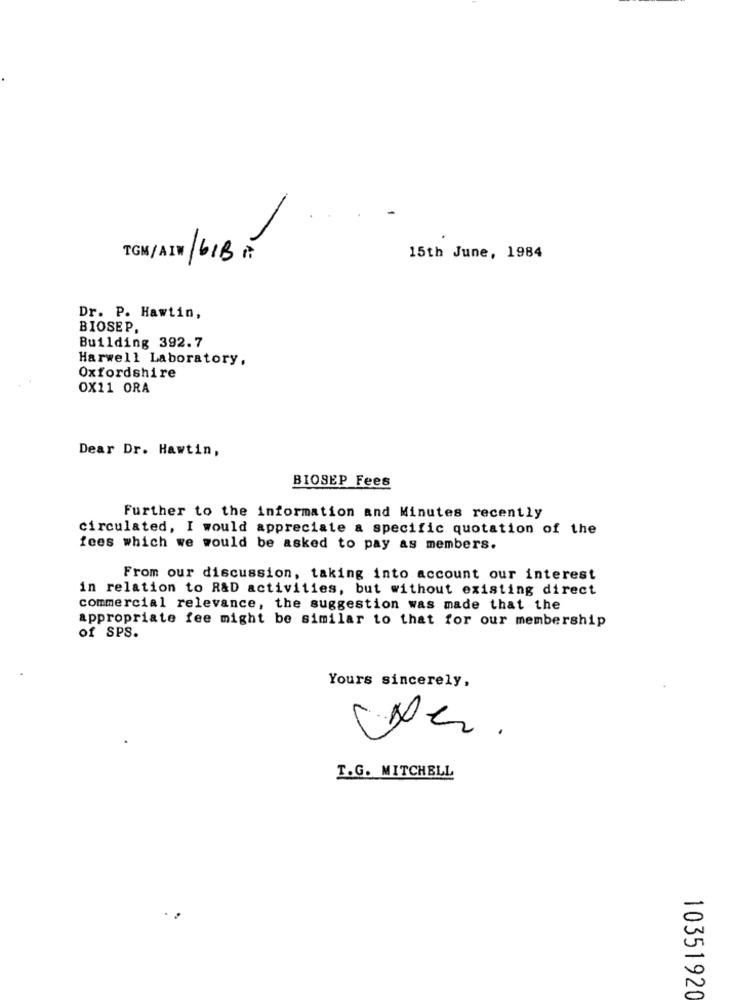
TGM/AIW / GIB
15th June, 1984
Dr. P. Hawtin,
BIOSEP.
Building 392.7
Harwell Laboratory,
Oxfordshire
OX11 ORA
Dear Dr. Hawtin,
BIOSEP Fees
Further to the information and Minutes recently
circulated, I would appreciate a specific quotation of the
fees which we would be asked to pay as members.
From our discussion, taking into account our interest
in relation to R&D activities, but without existing direct
commercial relevance, the suggestion was made that the
appropriate fee might be similar to that for our membership
of SPS.
Yours sincerely,
T.G. MITCHELL
10351920